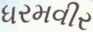
ધરમવીર